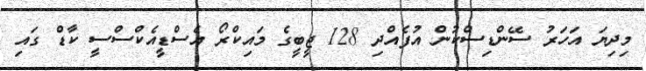
މިދިޔަ އަހަރު ސޭންޑިސްކުން އުފެއްދި 128 ޖީބީގެ މައިކްރޯ އެސްޑީއެކްސްސީ ކާޑް ގަައި